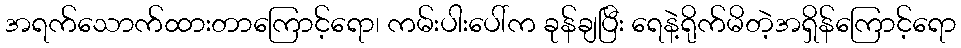
အရက်သောက်ထားတာကြောင့်ရော၊ ကမ်းပါးပေါ်က ခုန်ချပြီး ရေနဲ့ရိုက်မိတဲ့အရှိန်ကြောင့်ရော